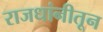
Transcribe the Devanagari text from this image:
राजधांनीतून